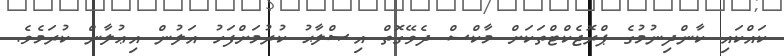
ކައްކައި ކާންދިނުމުގެ ޕްރޮޖެކްޓްތަކަށް މާކްސް ދެވޭގޮތް އިޞްލާޙު ކުރުމަށްފަހު އަލުން އިޢުލާން ކުރަމެވެ.